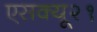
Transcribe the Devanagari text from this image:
एसक्यू२१